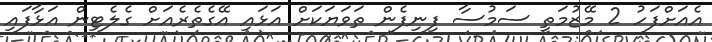
އެއަށްފަހު 2 މޭޒުމަތީ ސަމުސާ ފިނިފެން ތަވަޔަކަށް އަޅައި އޭގެތެރެއަށް ގެލެޓިން އަޅާފައި